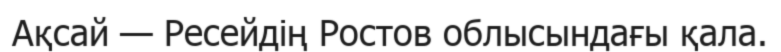
Ақсай — Ресейдің Ростов облысындағы қала.